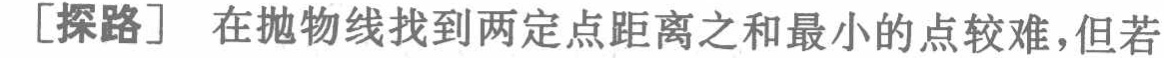
[探路] 在抛物线找到两定点距离之和最小的点较难，但若